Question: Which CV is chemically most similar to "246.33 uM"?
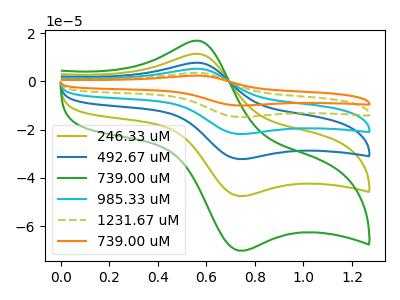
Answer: <think>The olive curve "246.33 uM" has an anodic peak at (0.55V, 11.45uA) and a cathodic peak at (0.75V, -47.55uA). The blue curve "492.67 uM" has an anodic peak at (0.55V, 22.90uA) and a cathodic peak at (0.75V, -95.05uA). The green curve "739.00 uM" has an anodic peak at (0.55V, 16.90uA) and a cathodic peak at (0.75V, -70.20uA). The cyan curve "985.33 uM" has an anodic peak at (0.55V, 34.30uA) and a cathodic peak at (0.75V, -142.60uA). The olive dashed curve "1231.67 uM" has an anodic peak at (0.55V, 45.75uA) and a cathodic peak at (0.75V, -190.10uA). The orange curve "739.00 uM" has an anodic peak at (0.55V, 57.20uA) and a cathodic peak at (0.75V, -237.65uA).
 All the peaks in "246.33 uM" have a peak in "492.67 uM" at the same potential. Every peak in "246.33 uM" is lower than every peak in "492.67 uM". All the peaks in "246.33 uM" have a peak in "739.00 uM" at the same potential. Every peak in "246.33 uM" is lower than every peak in "739.00 uM". All the peaks in "246.33 uM" have a peak in "985.33 uM" at the same potential. Every peak in "246.33 uM" is lower than every peak in "985.33 uM". All the peaks in "246.33 uM" have a peak in "1231.67 uM" at the same potential. Every peak in "246.33 uM" is lower than every peak in "1231.67 uM". All the peaks in "246.33 uM" have a peak in "739.00 uM" at the same potential. Every peak in "246.33 uM" is lower than every peak in "739.00 uM". All the peaks in "492.67 uM" have a peak in "739.00 uM" at the same potential. Every peak in "492.67 uM" is higher than every peak in "739.00 uM". All the peaks in "492.67 uM" have a peak in "985.33 uM" at the same potential. Every peak in "492.67 uM" is lower than every peak in "985.33 uM". All the peaks in "492.67 uM" have a peak in "1231.67 uM" at the same potential. Every peak in "492.67 uM" is lower than every peak in "1231.67 uM". All the peaks in "492.67 uM" have a peak in "739.00 uM" at the same potential. Every peak in "492.67 uM" is lower than every peak in "739.00 uM". All the peaks in "739.00 uM" have a peak in "985.33 uM" at the same potential. Every peak in "739.00 uM" is lower than every peak in "985.33 uM". All the peaks in "739.00 uM" have a peak in "1231.67 uM" at the same potential. Every peak in "739.00 uM" is lower than every peak in "1231.67 uM". All the peaks in "739.00 uM" have a peak in "739.00 uM" at the same potential. Every peak in "739.00 uM" is lower than every peak in "739.00 uM". All the peaks in "985.33 uM" have a peak in "1231.67 uM" at the same potential. Every peak in "985.33 uM" is lower than every peak in "1231.67 uM". All the peaks in "985.33 uM" have a peak in "739.00 uM" at the same potential. Every peak in "985.33 uM" is lower than every peak in "739.00 uM". All the peaks in "1231.67 uM" have a peak in "739.00 uM" at the same potential. Every peak in "1231.67 uM" is lower than every peak in "739.00 uM".</think>
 <answer>"246.33 uM", "492.67 uM", "985.33 uM", "1231.67 uM" and "739.00 uM" have a similar shape to "739.00 uM".</answer>
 <eval>"246.33 uM" "492.67 uM" "985.33 uM" "1231.67 uM" "739.00 uM"</eval>